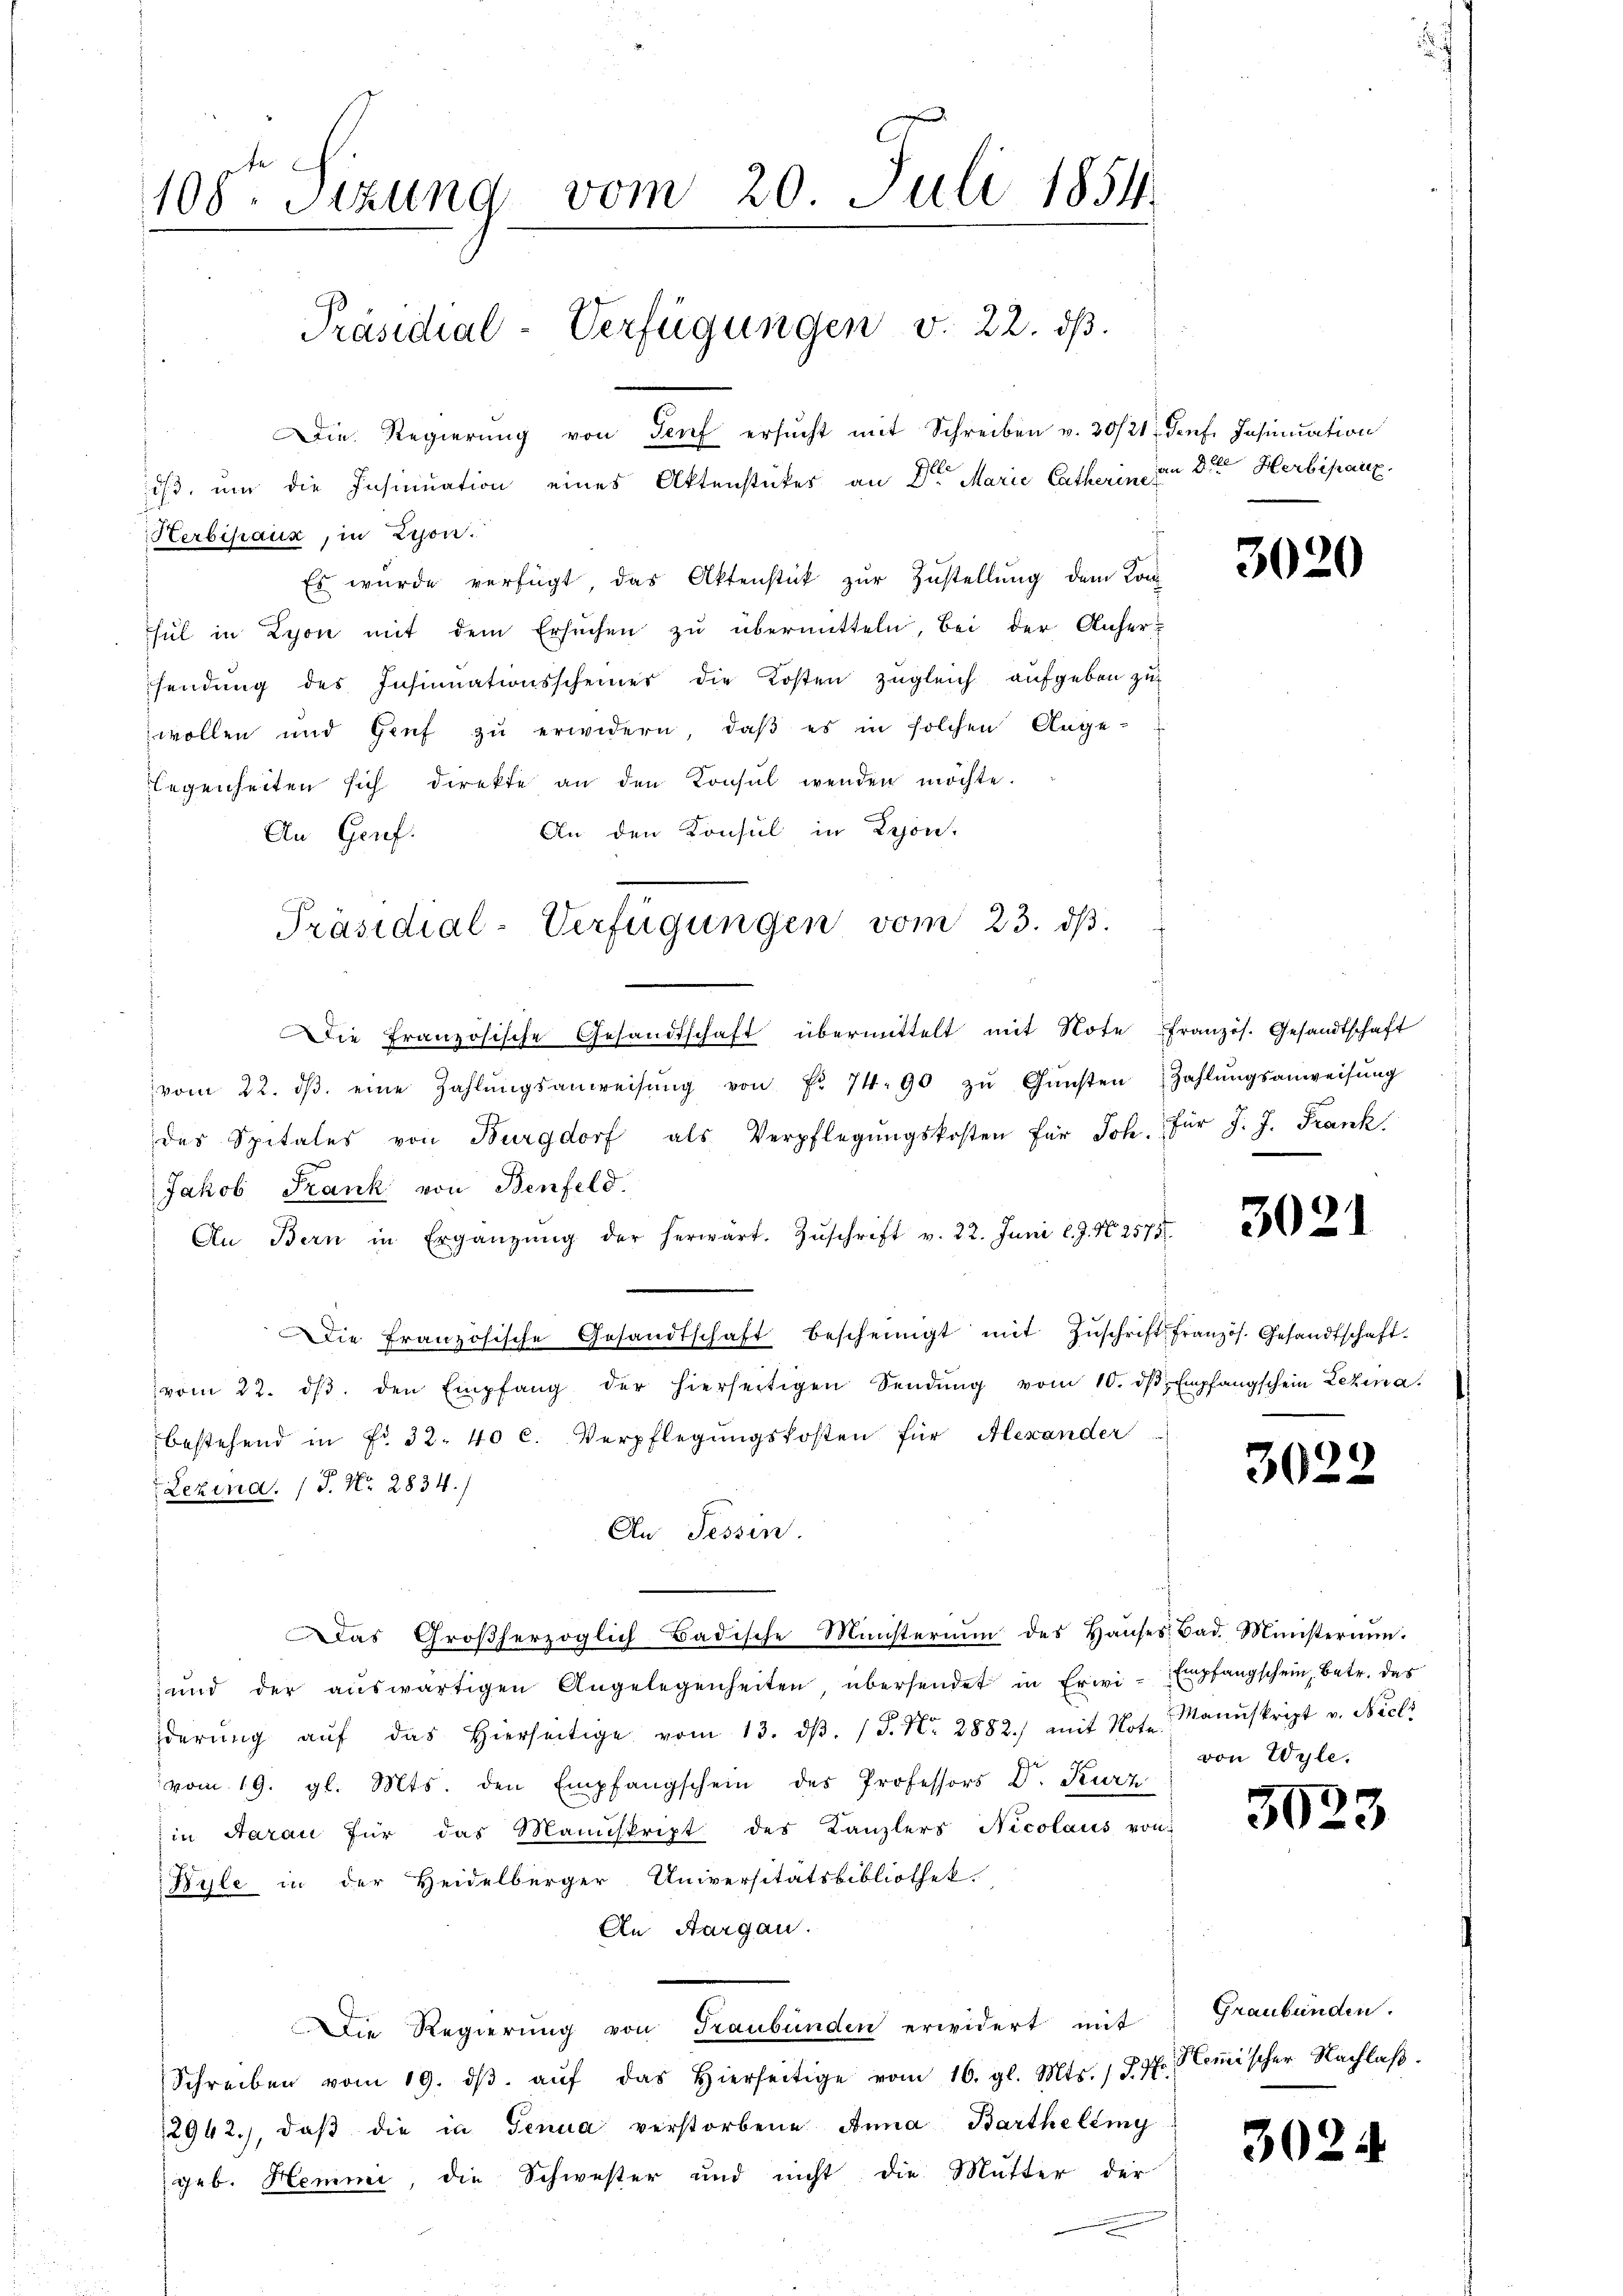
Herbehaux, in Lyon.
Es würde verfügt, das Aktenstück zŭr Zŭstellŭng dem Kon-
hül in Lyon mit dem Ersuchen zŭ übermitteln, bei der Anhersendung des Insinuationsscheiner die Kosten zugleich aufgeben zu
wollen und Genf zu erwidern, daß es in solchen Ange-
legenheiten sich direkte an den Konsul wenden möchte.
An den Konsul in Lyon,
An Genf.

ie französische Gesandtschaft übermittelt mit Note französ. Gesandtschaft
vom 22. dβ. eine Zahlŭngsanweisŭng von Fr. 74. 90 zŭ Gŭnsten Zahlŭngsanweisŭng
des Spitales von Burgdorf als Verpflegŭngskosten für Joh. Für J. J. Frank
Jakob Frank von Benfeld.
An Bern in Ergänzŭng der herwart. Zŭschrift v. 22. Juni l. J. N. 2575.
Die Französische Gesandtschaft bescheinigt mit Zŭschrift französ. Gesandtschaft.
vom 22. dβ. den Empfang der hierseitigen Sendŭng vom 10. dβ. Empfangschein Lehena
bestehend in Fr. 32. 40 C. Verpflegŭngskosten für Alexander
Lezina, P. Nr. 2834/
An Tessin.
Das Großherzoglich Badische Ministerium des Haŭses Bad. Ministerium.
und der aŭswärtigen Angelegenheiten, übersendet in Erwi-Empfangschein, betr. des
derŭng aŭf das hierseitige vom 13. dβ. (S. Nr. 2882) mit Not. Manuskript v. Nicli
vom 19. gl. Mts. den Empfangschein des Professors Dr. Kurz
zin Aarau für das Manuskript des Kanzlers Nicolaus von
Kyle in der Heidelberger Universitätsbibliothek.
An Aargau.
Die Regierung von Graubünden erwidert mit
Schreiben vom 19. dβ aŭf das hierseitige vom 10. gl. Mts. S. 7
12942.), daß die in Genua verstorbene Anna Barthelling
geb. Hemmi, die Schwester und nicht die Mutter der

108. Sizung vom 20. Juli 1854.
Präsidial-Verfügungen v. 22. ds.
Die Regierŭng von Genf ersŭcht mit Schreiben v. 20/21. Genf. Insinuation
ist, um die Insinuation eines Aktenstücker an den Marie Catherinet

Präsidial-Verfügungen vom 23. ds.

an die Herbipaix.

3020

3021

3022

von Wyle.

3023

Graubünden.
Hemischer Nachlaß.

302.